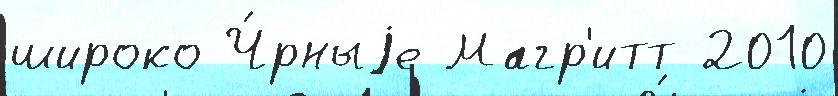
широко Ч́рныjе Магр'итт 2010